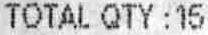
TOTAL QTY : 15